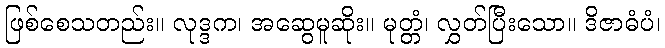
ဖြစ်စေသတည်း။ လုဒ္ဒက၊ အဆွေမူဆိုး။ မုတ္တံ၊ လွှတ်ပြီးသော။ ဒိဇာဓံပံ၊